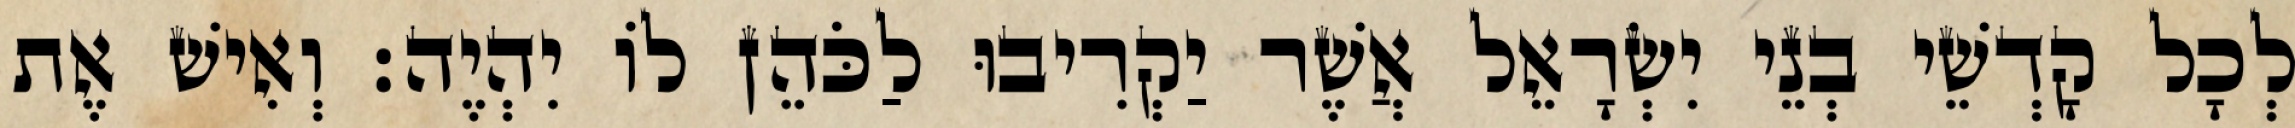
לְכָל קָדְשֵׁי בְנֵי יִשְׂרָאֵל אֲשֶׁר יַקְרִיבוּ לַכֹּהֵן לוֹ יִהְיֶה׃ וְאִישׁ אֶת